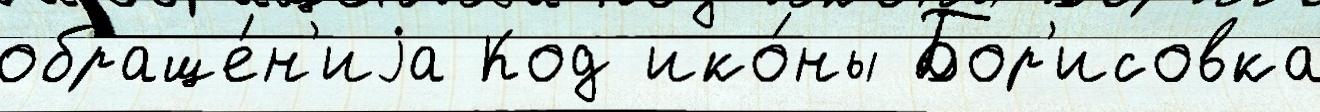
обраще́н'иjа Код ико́ны Бор'исовка